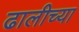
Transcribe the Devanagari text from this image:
ढालीच्या